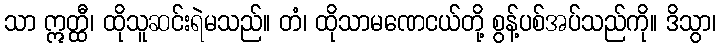
သာ ဣတ္ထီ၊ ထိုသူဆင်းရဲမသည်။ တံ၊ ထိုသာမဏေငယ်တို့ စွန့်ပစ်အပ်သည်ကို။ ဒိသွာ၊